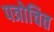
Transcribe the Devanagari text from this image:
पत्रोचित